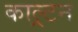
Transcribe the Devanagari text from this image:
काल्र्टन